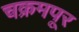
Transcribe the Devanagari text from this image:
चक्रमपूर